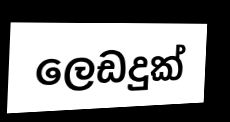
ලෙඩදුක්